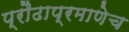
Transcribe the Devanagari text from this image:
प्रौढाप्रमाणेच